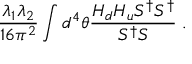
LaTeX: { \frac { \lambda _ { 1 } \lambda _ { 2 } } { 1 6 \pi ^ { 2 } } } \int d ^ { 4 } \theta { \frac { H _ { d } H _ { u } S ^ { \dagger } S ^ { \dagger } } { S ^ { \dagger } S } } \; .